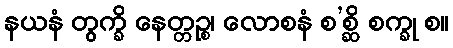
နယနံ တွက္ခိ နေတ္တဉ္စ၊ လောစနံ စ’စ္ဆိ စက္ခု စ။